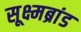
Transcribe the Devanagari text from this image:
सूक्ष्मब्रांड